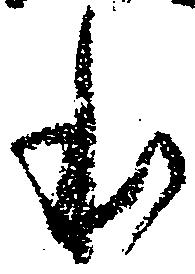
本